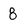
Character: 8